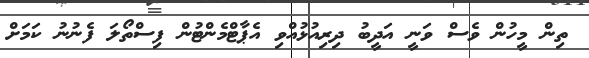
ތިން މީހުން ވެސް ވަނީ އަދީބު ދިރިއުޅުއްވި އެޕާޓްމެންޓުން ފިސްތޯލަ ފެނުނު ކަމަށް